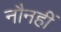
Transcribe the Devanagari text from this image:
नौनहीं